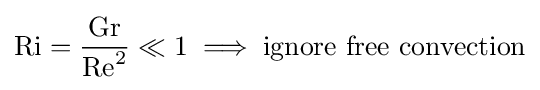
\mathrm {Ri} ={\frac {\mathrm {Gr} }{\mathrm {Re} ^{2}}}\ll 1\implies {\text{ignore free convection}}